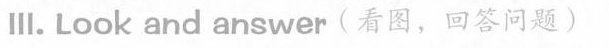
Ⅲ.Look and answer (看图,回答问题)